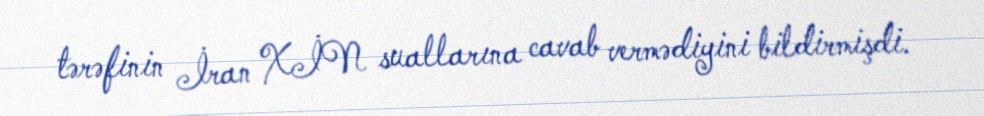
tərəfinin İran XİN suallarına cavab vermədiyini bildirmişdi.